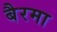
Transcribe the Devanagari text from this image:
बैरमा